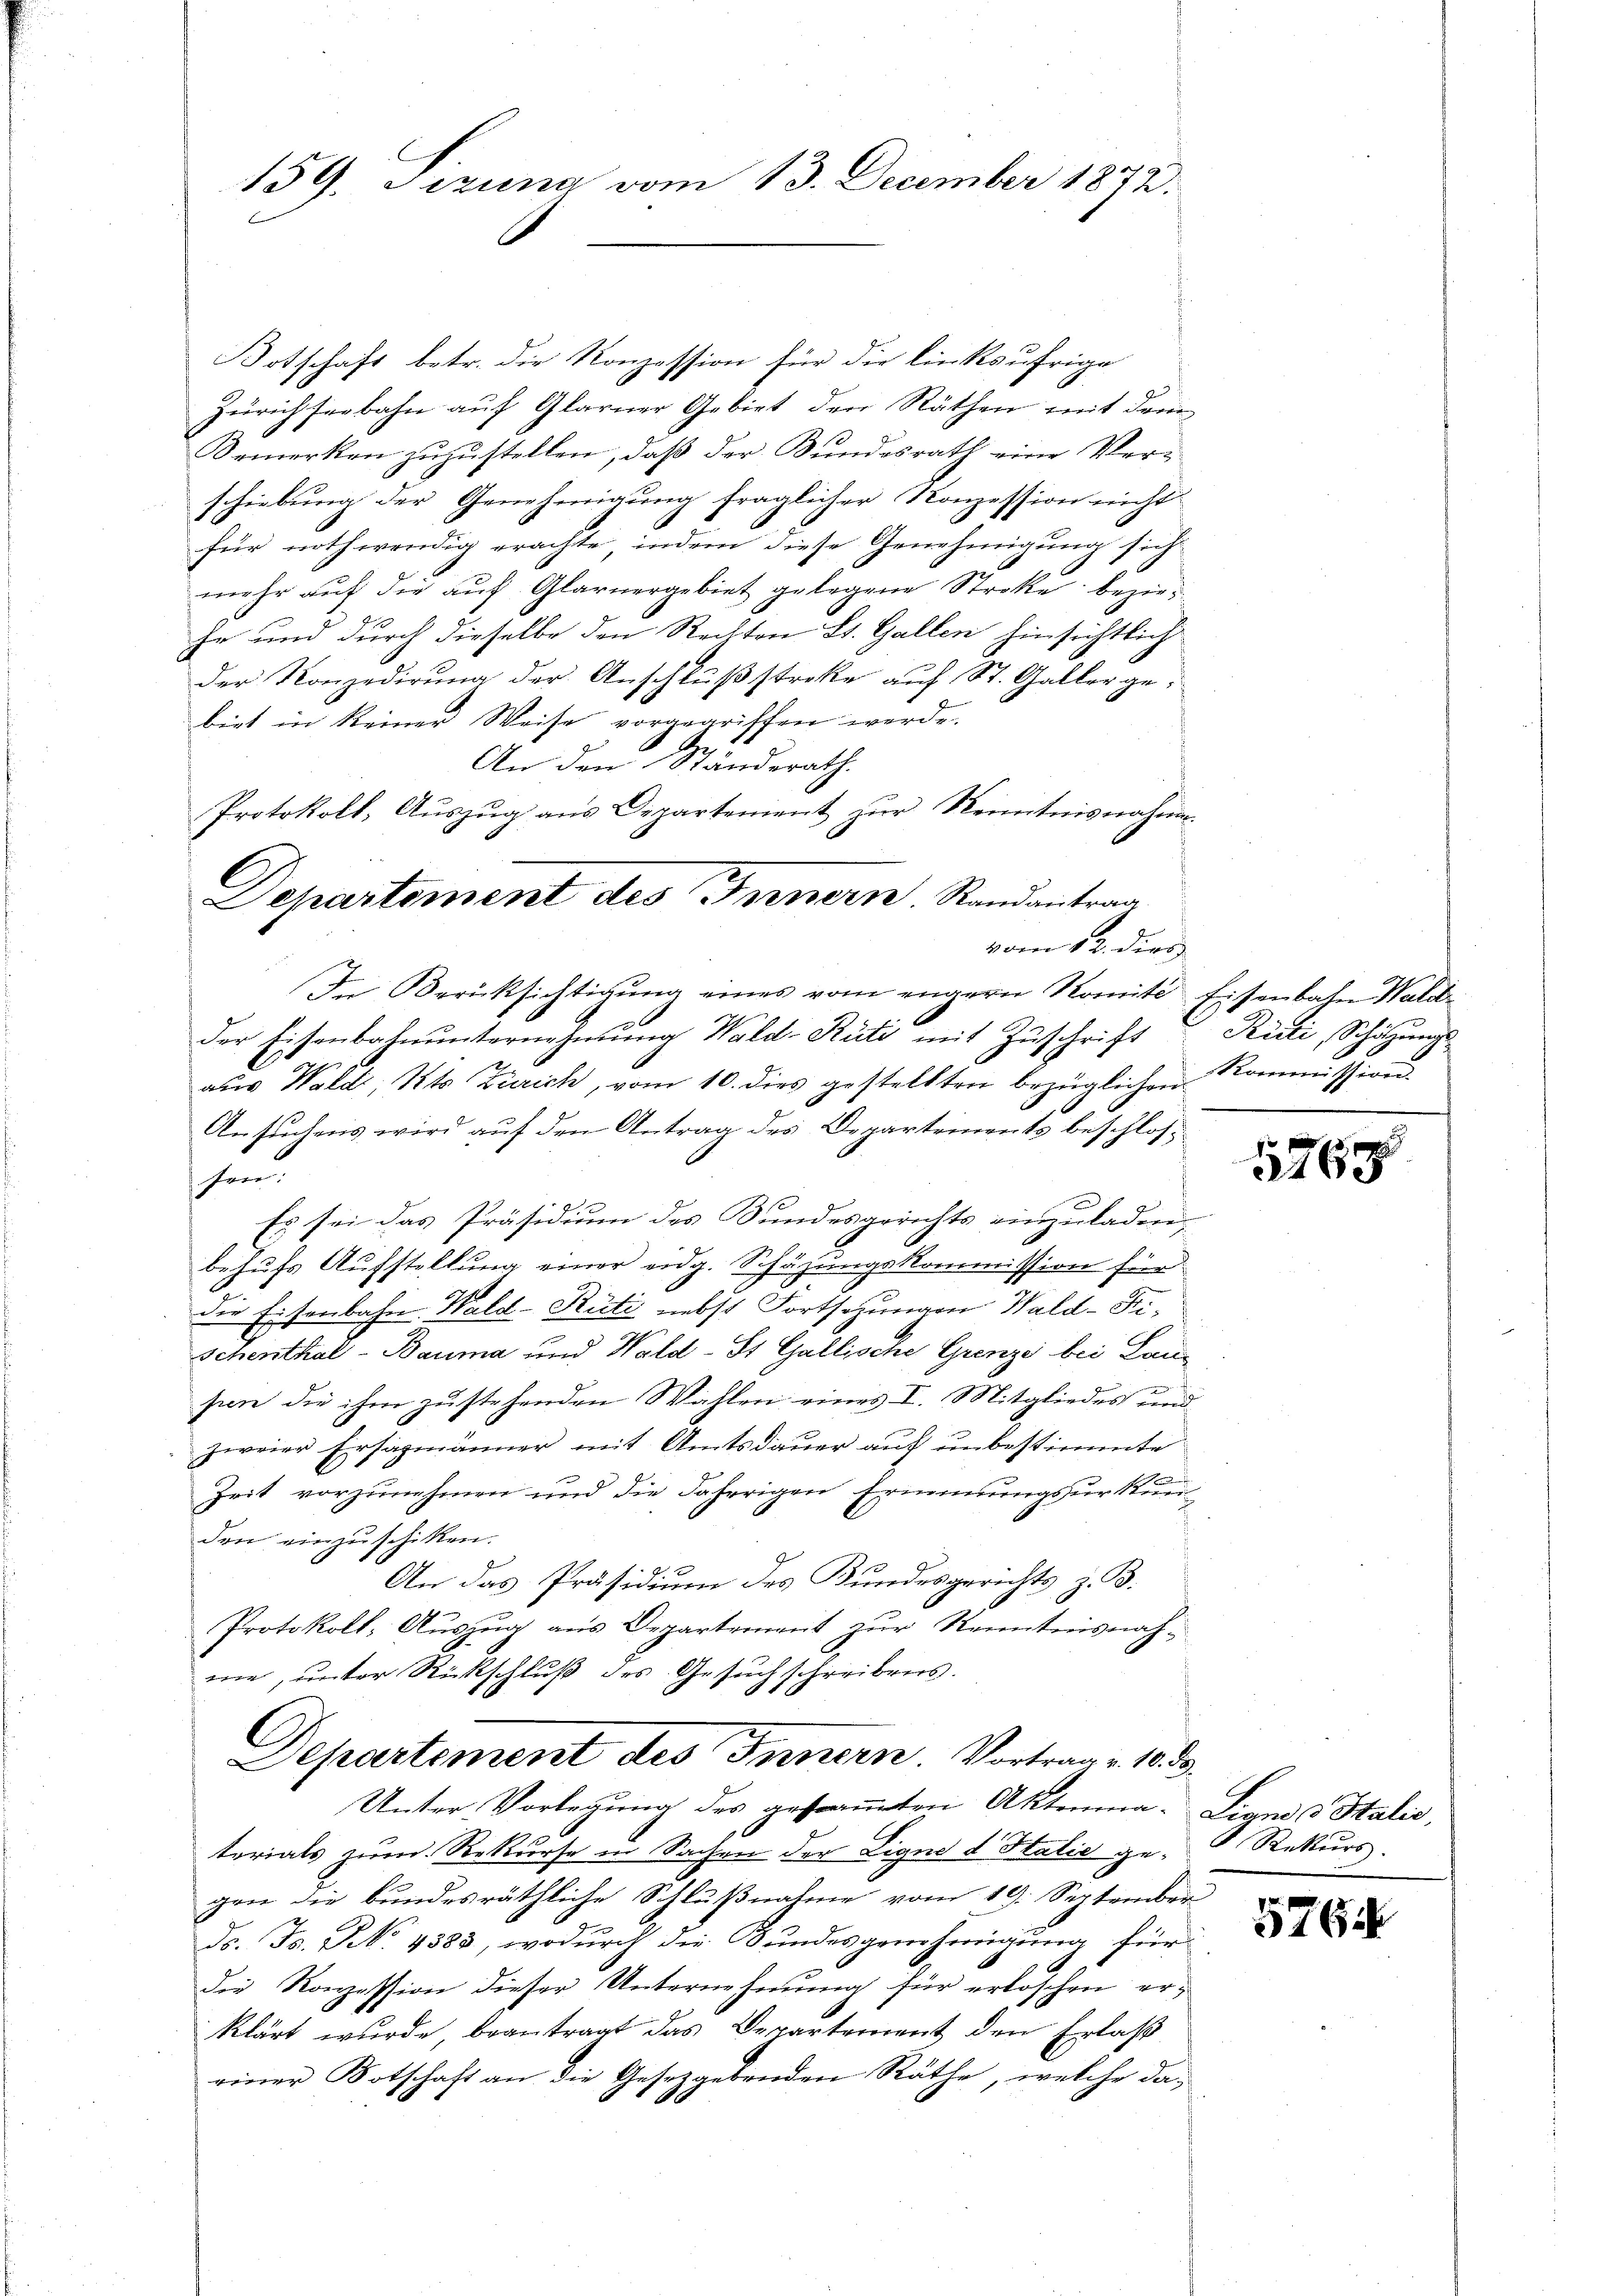
159. Jezuna vom 13. December 1872.

Botschaft betr. die Konzession für die linksufrige
Zürich seebahn auf Glarner Gebiet den Räthen mit dem
Bemerken zuzustellen, daß der Bundesrath eine Ver-
schiebung der Genehmigung fraglicher Konzession nicht
für nothwendig erachte, indem diese Genehmigung sich
mehr auf die auf Glarnergebiet gelegene Streke bezie¬
Er und durch dieselbe den Rechten St. Gallen hinsichtlich
der Konzedirŭng der Anschlŭβstreke aŭf St. Gallergebiet in keiner Weise vorgegriffen werde.
An den Ständerath.
Protokoll, Aŭszŭg ans Departement zŭr Kenntnisnahme.
Departement des Innern Randantrag

vom 12. dies
In Berücksichtigŭng eines vom engern Romite Eisenbahn Wald-

der Eisenbahnunternehmung Wald-Rüti mit Zuschrift
aus Wald, Kts Zürich, vom 10. dies gestellten bezüglichen Kommission
Ansuchens wird auf den Antrag des Departements beschlos
hen
Es sei das Präsidium des Bundesgerichts einzuladene
behufs Aufstellung einer eidg. Schäzungskommission für
die Eisenbahn. Wald–Rüti nebst Fortsetzungen Wald-Fischenthal-Bauma und Wald-St. Gallische Grenze bei Lausien die ihm zustehenden Wahlen eines I. Mitgliedes und
zweier Ersazmänner mit Amtsdauer auf unbestimmte
Zeit vorzunehmen und die Jahrrigen Ernennungsurkund
den einzuschiken.
An das Präsidium des Bundesgerichts z. B.
Protokoll- Auszug aus Departement zur Kenntnisnahme, unter Rückschluß des Gesuch schreibens.

torials zum Rekurse in Sachen der Ligne d Halić gegen die bundesräthliche Schlußnahme vom 19. September
ds. Fs. No. 4383, wodurch die Bundesgenehmigung für
die Konzession dieser Unternehmung für erloschen erklärt wurde beantragt das Departement den Erlaß
einer Botschaft an die Gesetzgebenden Räthe, welche da¬

Departement des Innern. Vortrage 18. 30.
Unter-Vorlegung des gesammten Aktenma-Lignis Italić,

Ruli, Schätzungs

576

Rekurs

5765